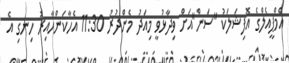
އެމްޕީއެލްގެ އޮފިޝަލަކު "ސަން"އަށް ވިދާޅުވީ މިއަދު މެންދުރު 11:30 އެހާކަންހާއިރު ހިނގި އެ